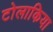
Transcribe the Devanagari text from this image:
टोलाकिया